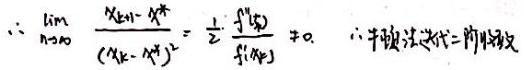
\(\therefore \lim_{n \to \infty} \frac{x_{k + n} - x_{k}}{(x_{k + 1} - x_{k})^{2}} = \frac{1}{2} \cdot \frac{f''(x_{k})}{f'(x_{k})} \neq 0.\)  \(\therefore\) 牛顿迭代二阶收敛